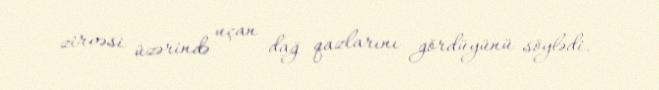
zirvəsi üzərində uçan dağ qazlarını gördüyünü söylədi.